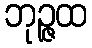
ဘုဉ္ဇထ